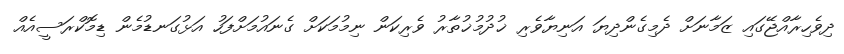
ދިވެހިރާއްޖޭގައި ޒަމާނަށް ދެމިގެންދިޔަ އަނިޔާވެރި ޚުދުމުޚުތާރު ވެރިކަން ނިމުމަކަށް ގެނައުމަށްފަހު އަޅުގަނޑުމެން ޑިމޮކްރަސީއެއް